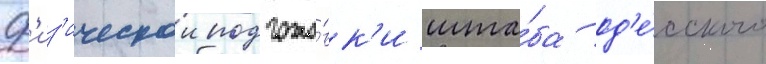
ф'из'ическои подгото́вк'и шта́ба од'е́сского